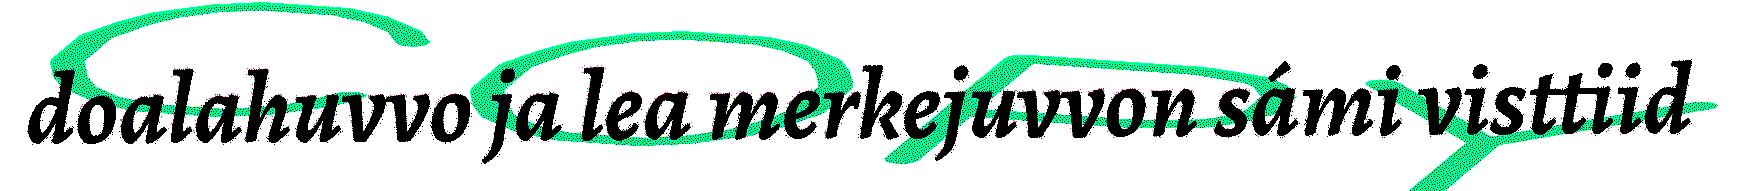
doalahuvvo ja lea merkejuvvon sámi visttiid